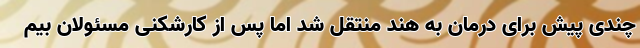
چندی پیش برای درمان به هند منتقل شد اما پس از کارشکنی مسئولان بیم